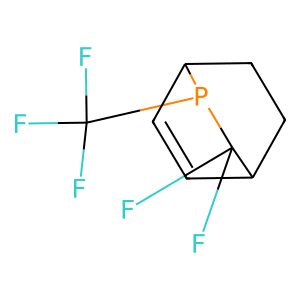
SMILES: FC(F)(F)P1C2C=CC(CC2)C1(F)F
Inhibits HIV replication: No